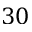
3 0